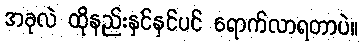
အခုလဲ ထိုနည်းနှင်နှင်ပင် ရောက်လာရတာပဲ။